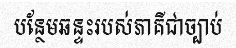
បន្ថែមឆន្ទះរបស់ភាគីជាច្បាប់